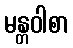
မန္တဝါစာ